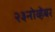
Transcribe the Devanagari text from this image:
२३नोव्हेंबर